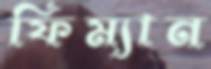
ফিম্যান